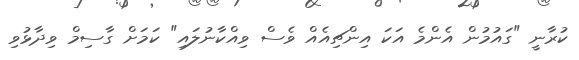
ކުރާނީ "ގައުމުން އެންމެ އަކަ އިންޗިއެއް ވެސް ވިއްކާނުލައި" ކަމަށް ގާސިމް ވިދާޅުވި